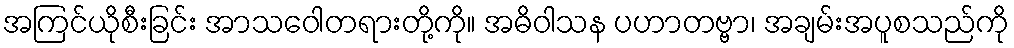
အကြင်ယိုစီးခြင်း အာသဝေါတရားတို့ကို။ အဓိဝါသန ပဟာတဗ္ဗာ၊ အချမ်းအပူစသည်ကို